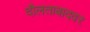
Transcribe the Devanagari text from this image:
दौलताबादवर